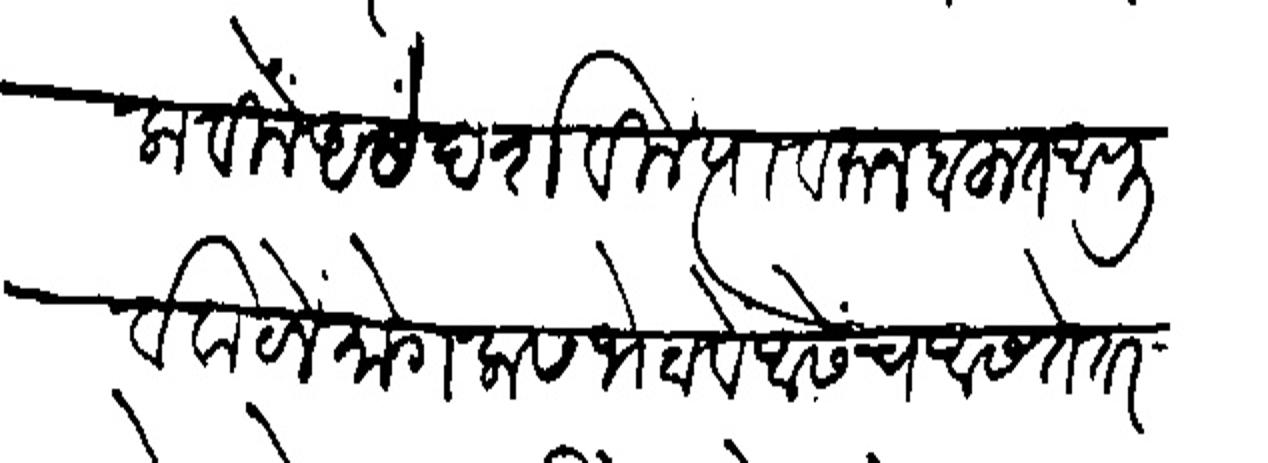
Transliteration (Devanagari): लाविलें असें दर्शविले त्यावरून बहुत अपूर्व वाटलें मोगलास भेटावें आसेंच आसते तर